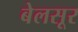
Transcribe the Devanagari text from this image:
बेलसूर